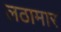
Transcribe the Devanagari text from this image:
लठामार